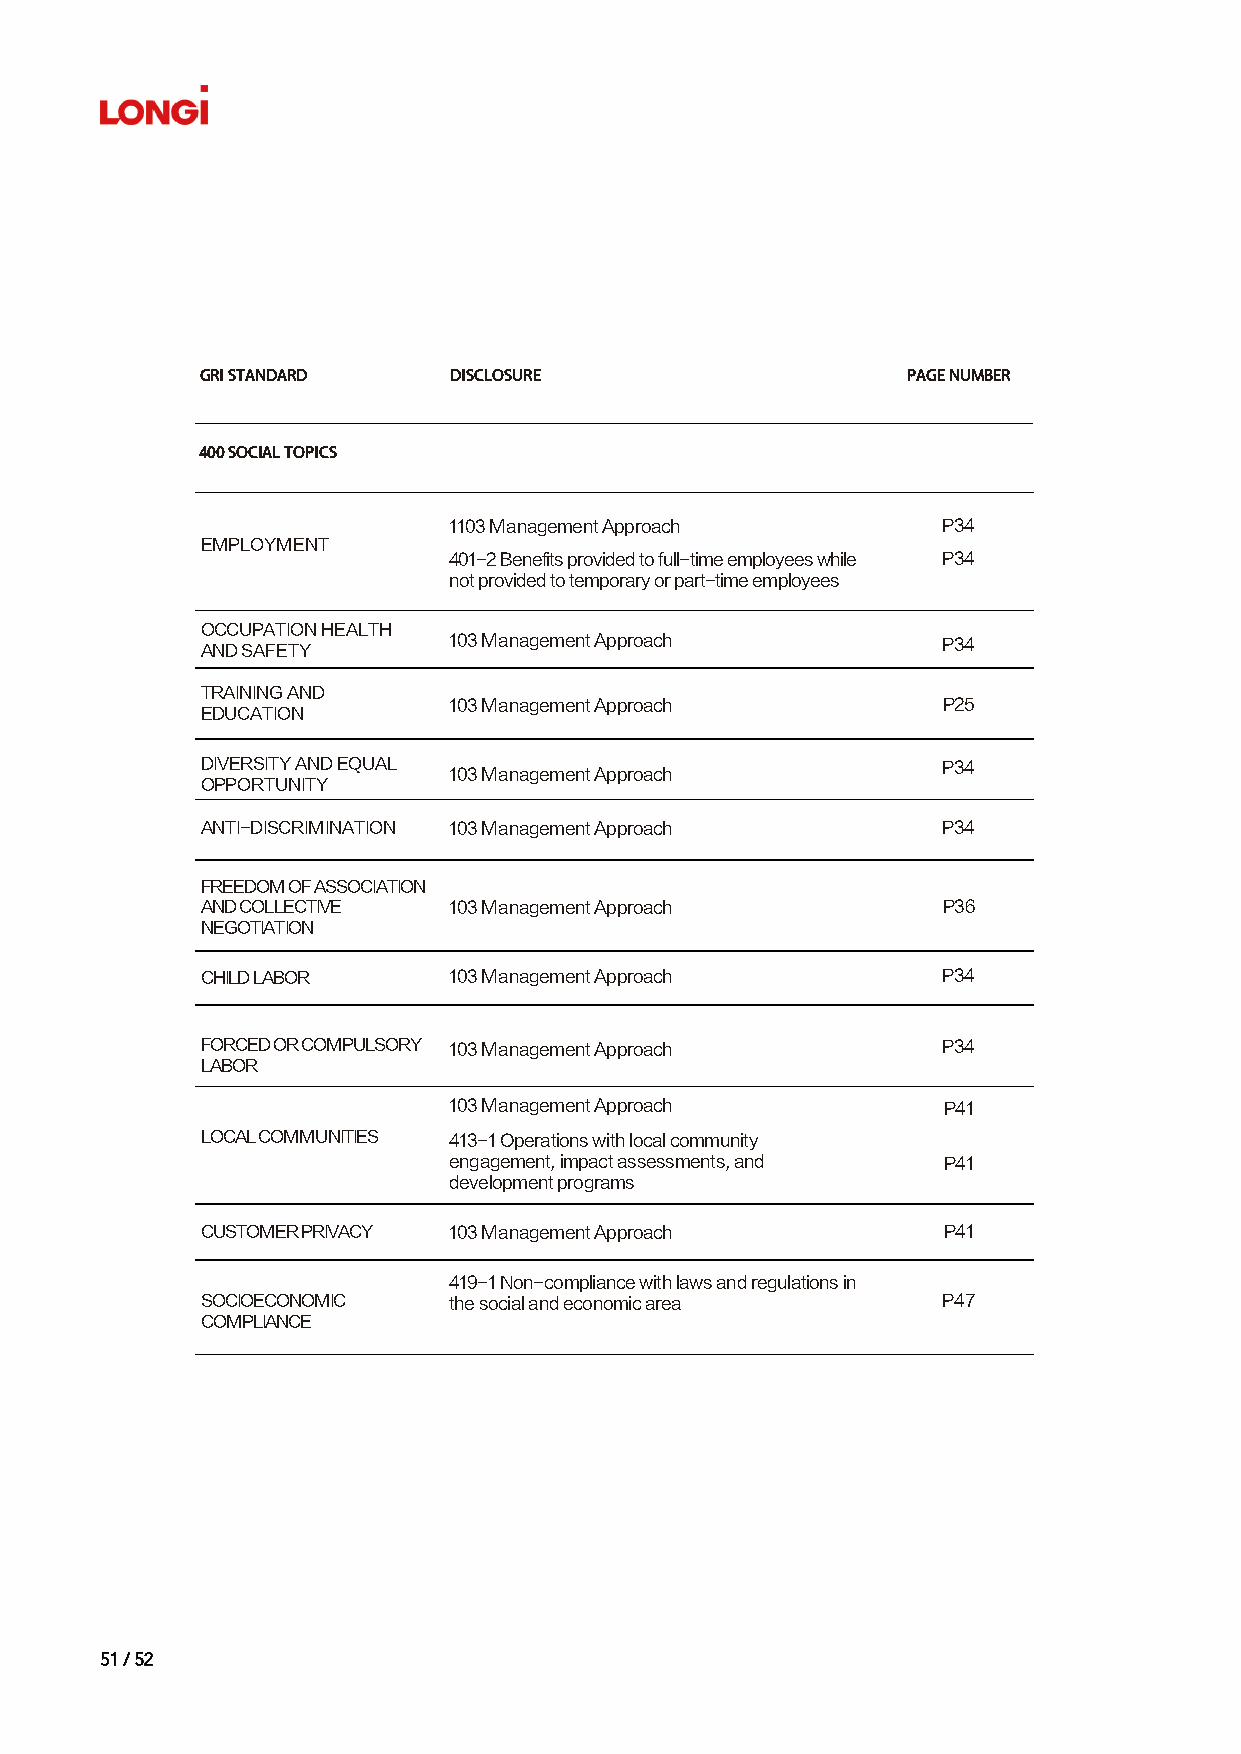
GRI STANDARD     DISCLOSURE                    PAGE NUMBER
 400 SOCIAL TOPICS
 1103 Management Approach        P34
 EMPLOYMENT
 401-2 Benefits provided to full-time employees while P34
 not provided to temporary or part-time employees
 OCCUPATION HEALTH
 103 Management Approach         P34
 AND SAFETY
 TRAINING AND
 103 Management Approach         P25
 EDUCATION
 DIVERSITY AND EQUAL                              P34
 103 Management Approach
 OPPORTUNITY
 ANTI-DISCRIMINATION 103 Management Approach      P34
 FREEDOM OF ASSOCIATION
 AND COLLECTIVE   103 Management Approach         P36
 NEGOTIATION
 CHILD LABOR      103 Management Approach         P34
 FORCED OR COMPULSORY 103 Management Approach     P34
 LABOR
 103 Management Approach         P41
 LOCAL COMMUNITIES 413-1 Operations with local community
 engagement, impact assessments, and P41
 development programs
 CUSTOMER PRIVACY 103 Management Approach         P41
 419-1 Non-compliance with laws and regulations in
 SOCIOECONOMIC    the social and economic area    P47
 COMPLIANCE
 5511 // 5522